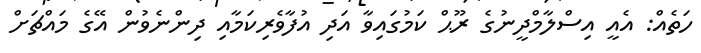
ހަތެއް: އެއީ އިސްލާމްދީނުގެ ރޫޙް ކަމުގައިވާ އަދި އުފާވެރިކަމާއި ދިންނެވުން އޭގެ މައްޗަށް